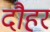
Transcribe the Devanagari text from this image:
दौहर